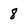
Character: 8